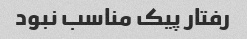
رفتار پیک مناسب نبود